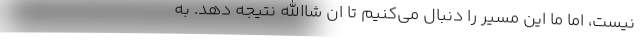
نیست، اما ما این مسیر را دنبال می‌کنیم تا ان شاالله نتیجه دهد. به